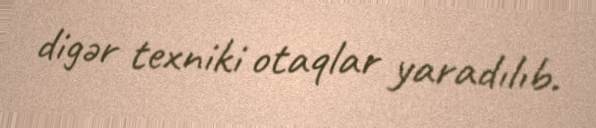
digər texniki otaqlar yaradılıb.